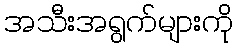
အသီးအရွက်များကို